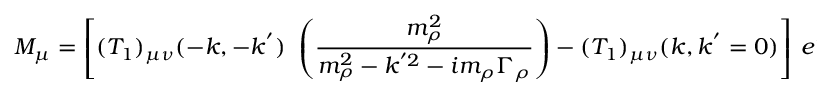
{ \cal M } _ { \mu } = \left[ ( T _ { 1 } ) _ { \mu \nu } ( - k , - k ^ { ' } ) ~ \left( { \frac { m _ { \rho } ^ { 2 } } { m _ { \rho } ^ { 2 } - k ^ { ' 2 } - i m _ { \rho } \Gamma _ { \rho } } } \right) - ( T _ { 1 } ) _ { \mu \nu } ( k , k ^ { ' } = 0 ) \right] ~ e ^ { \nu } ( a _ { 1 } ) ,